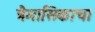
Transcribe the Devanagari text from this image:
त्रैमासिकाचा